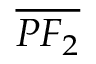
\overline { { P F _ { 2 } } }